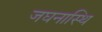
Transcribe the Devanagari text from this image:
जघनास्थि